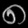
Digit: ၈